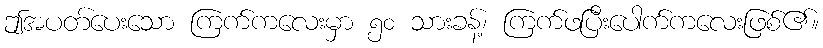
ဤအပတ်ပေးသော ကြက်ကလေးမှာ ၅၀ သားခန့်၊ ကြက်ဖပြီးပေါက်ကလေးဖြစ်၏။